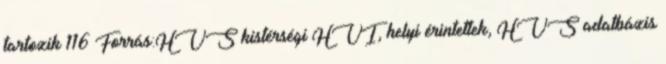
tartozik 116 Forrás:HVS kistérségi HVI, helyi érintettek, HVS adatbázis